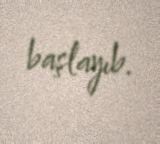
başlayıb.